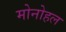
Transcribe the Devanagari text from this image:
मोनोहल